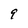
Character: 9